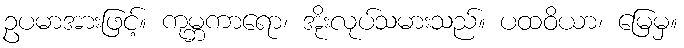
ဥပမာအားဖြင့်။ ကုမ္ဘကာရော၊ အိုးလုပ်သမားသည်။ ပထဝိယာ၊ မြေမှ။